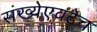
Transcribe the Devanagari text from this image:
संख्येएवढेच